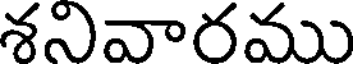
శనివారము